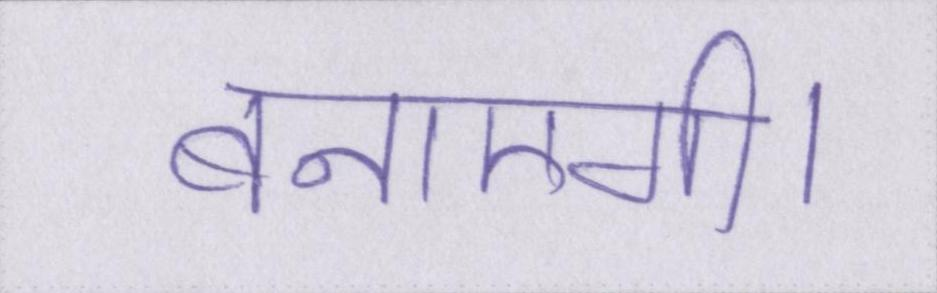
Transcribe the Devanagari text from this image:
बनाएगी।